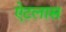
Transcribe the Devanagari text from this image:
ऐटलास